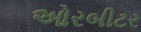
ઓરબીટર